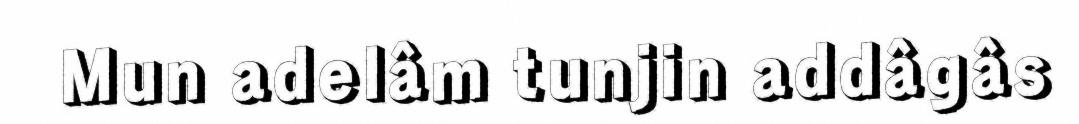
Mun adelâm tunjin addâgâs